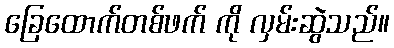
ခြေထောက်တစ်ဖက် ကို လှမ်းဆွဲသည်။